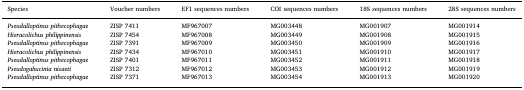
<table><thead><tr><td><b>Species</b></td><td><b>Voucher numbers</b></td><td><b>EF1 sequences numbers</b></td><td><b>COI sequences numbers</b></td><td><b>18S sequences numbers</b></td><td><b>28S sequences numbers</b></td></tr></thead><tbody><tr><td><i>Pseudalloptinus pithecophagae</i></td><td>ZISP 7411</td><td>MF967007</td><td>MG003448</td><td>MG001907</td><td>MG001914</td></tr><tr><td><i>Hieracolichus philippinensis</i></td><td>ZISP 7454</td><td>MF967008</td><td>MG003449</td><td>MG001908</td><td>MG001915</td></tr><tr><td><i>Pseudalloptinus pithecophagae</i></td><td>ZISP 7391</td><td>MF967009</td><td>MG003450</td><td>MG001909</td><td>MG001916</td></tr><tr><td><i>Hieracolichus philippinensis</i></td><td>ZISP 7434</td><td>MF967010</td><td>MG003451</td><td>MG001910</td><td>MG001917</td></tr><tr><td><i>Pseudalloptinus pithecophagae</i></td><td>ZISP 7401</td><td>MF967011</td><td>MG003452</td><td>MG001911</td><td>MG001918</td></tr><tr><td><i>Pseudogabucinia nisaeti</i></td><td>ZISP 7312</td><td>MF967012</td><td>MG003453</td><td>MG001912</td><td>MG001919</td></tr><tr><td><i>Pseudalloptinus pithecophagae</i></td><td>ZISP 7371</td><td>MF967013</td><td>MG003454</td><td>MG001913</td><td>MG001920</td></tr></tbody></table>